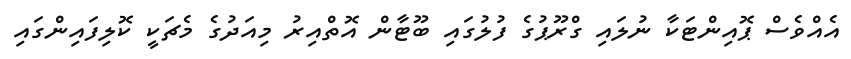
އެއްވެސް ޕޮއިންޓަކާ ނުލައި ގްރޫޕުގެ ފުލުގައި ބޫޓާން އޮތްއިރު މިއަދުގެ މެޗަކީ ކޮލިފައިންގައި